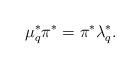
LaTeX: \begin{align*}\mu_q^*\pi^*=\pi^*\lambda_q^*.\end{align*}